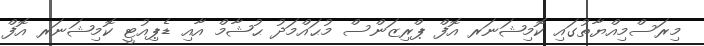
މިރަސްމިއްޔާތުގައި ކޮމިޝަނަރ އޮފް ޕްރިޒަންސް މުޙައްމަދު ޙުޝާމް އާއި ޑެޕިއުޓީ ކޮމިޝަނަރ އޮފް